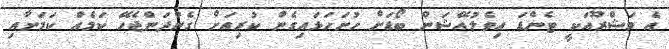
އެ މަޝްރޫއަކީ ޓެންޑަ އިވެލުއޭޝަން ބޯޑަށް ހުށަހަޅައިގެން ކުރިއަށް ގެންދަންޖެހޭ ކަމެއް ކަމަށާއި